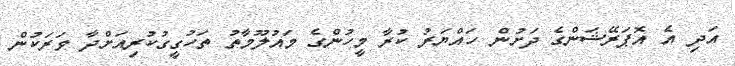
އަދި އެ އޮޕަރޭޝަންގެ ދަށުން ހައްޔަރު ކުރާ މީހުންގެ މައުލޫމާތު ތަހުގީގުކުރިއަށްދާ ވަރަކުން